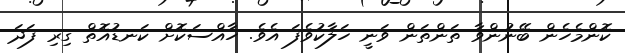
ކޮންމެހެން ބޭނުންވާ ތަންތަން ވަނީ ހަލާކުވެފަ އެވެ. ހާއްސަކޮށް ކަނޑުއޮތް ގިރި ފަދަ